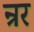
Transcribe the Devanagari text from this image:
न्रर